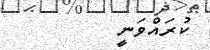
ކުރައްވަނީ